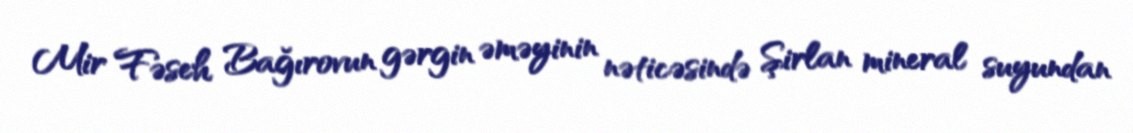
Mir Fəseh Bağırovun gərgin əməyinin nəticəsində Şirlan mineral suyundan